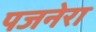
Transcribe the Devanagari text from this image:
पजनेरा